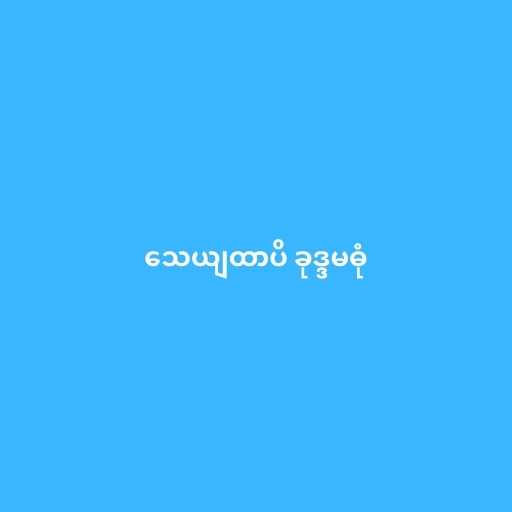
သေယျထာပိ ခုဒ္ဒမဓုံ